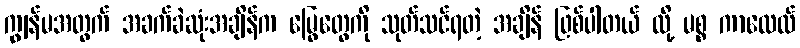
ကျွန်မအတွက် အခက်ခဲဆုံးအချိန်က မြွေတွေကို သုတ်သင်ရတဲ့ အချိန် ဖြစ်ပါတယ် လို့ မစ္စ ကာလေလ်